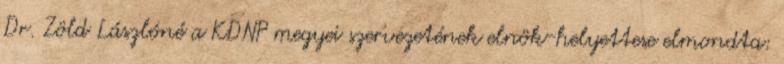
Dr. Zöld Lászlóné a KDNP megyei szervezetének elnök-helyettese elmondta: